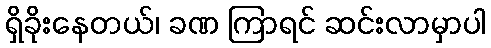
ရှိခိုးနေတယ်၊ ခဏ ကြာရင် ဆင်းလာမှာပါ